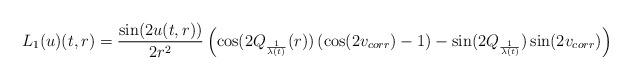
LaTeX: \begin{align*}L_{1}(u)(t,r) = \frac{\sin(2 u(t,r))}{2r^{2}}\left(\cos(2Q_{\frac{1}{\lambda(t)}}(r))\left(\cos(2v_{corr})-1\right) - \sin(2Q_{\frac{1}{\lambda(t)}}) \sin(2v_{corr})\right)\end{align*}